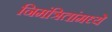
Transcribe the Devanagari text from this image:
निमंत्रितांमध्ये